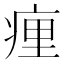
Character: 㾖